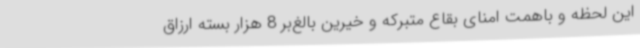
این لحظه و باهمت امنای بقاع متبرکه و خیرین بالغ‌بر 8 هزار بسته ارزاق